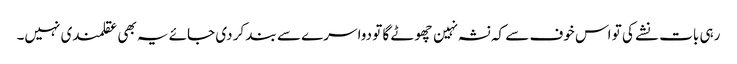
رہی بات نشے کی تو اس خوف سے کہ نشہ نہین چھوٹے گا تو دوا سرے سے بند کر دی جائے یہ بھی عقلمندی نہیں۔